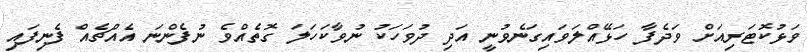
ވަޅުކޮޓަރިއަށް ވަދެފާ ހަޅޭއްލަވައިގަނެވުނީ އަދި ދުވަހަކު ނުވާކަހަލަ ގޮތެއްވެ ނުފެންނަ އެއްޗެއް ފެނިފައި